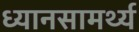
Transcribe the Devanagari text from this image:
ध्यानसामर्थ्य